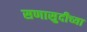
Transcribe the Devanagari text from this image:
सणासुदीच्या